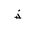
Letter: _thal